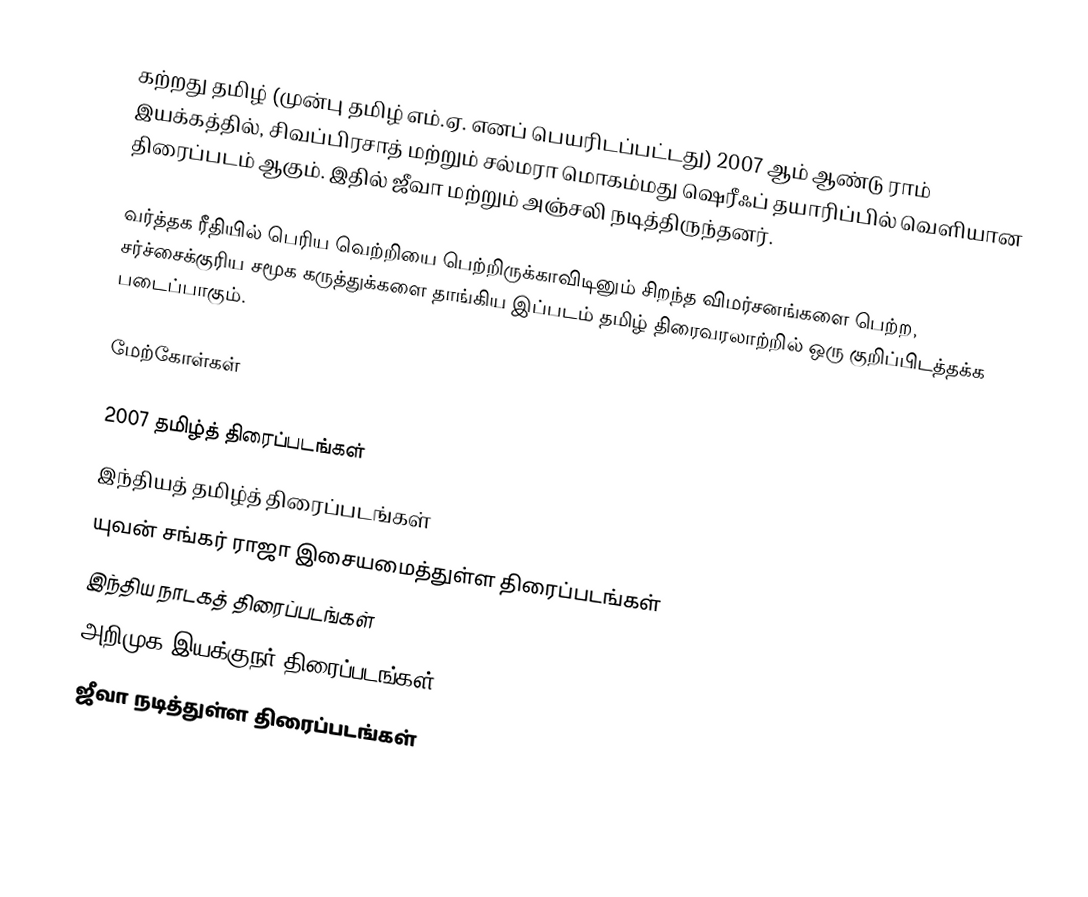
கற்றது தமிழ் (முன்பு தமிழ் எம்.ஏ. எனப் பெயரிடப்பட்டது) 2007 ஆம் ஆண்டு ராம் இயக்கத்தில், சிவப்பிரசாத் மற்றும் சல்மரா மொகம்மது ஷெரீஃப் தயாரிப்பில் வெளியான திரைப்படம் ஆகும். இதில் ஜீவா மற்றும் அஞ்சலி நடித்திருந்தனர்.

வர்த்தக ரீதியில் பெரிய வெற்றியை பெற்றிருக்காவிடினும் சிறந்த விமர்சனங்களை பெற்ற, சர்ச்சைக்குரிய சமூக கருத்துக்களை தாங்கிய இப்படம் தமிழ் திரைவரலாற்றில் ஒரு குறிப்பிடத்தக்க படைப்பாகும்.

மேற்கோள்கள்

2007 தமிழ்த் திரைப்படங்கள்
இந்தியத் தமிழ்த் திரைப்படங்கள்
யுவன் சங்கர் ராஜா இசையமைத்துள்ள திரைப்படங்கள்
இந்திய நாடகத் திரைப்படங்கள்
அறிமுக இயக்குநர் திரைப்படங்கள்
ஜீவா நடித்துள்ள திரைப்படங்கள்